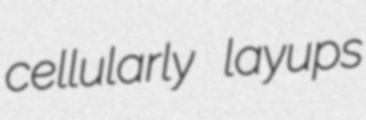
cellularly layups